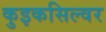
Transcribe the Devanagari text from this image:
कुइकसिल्वर